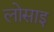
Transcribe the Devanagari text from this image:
लोसाइ